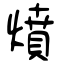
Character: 燌